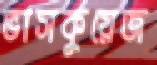
ভাসকুয়েজ